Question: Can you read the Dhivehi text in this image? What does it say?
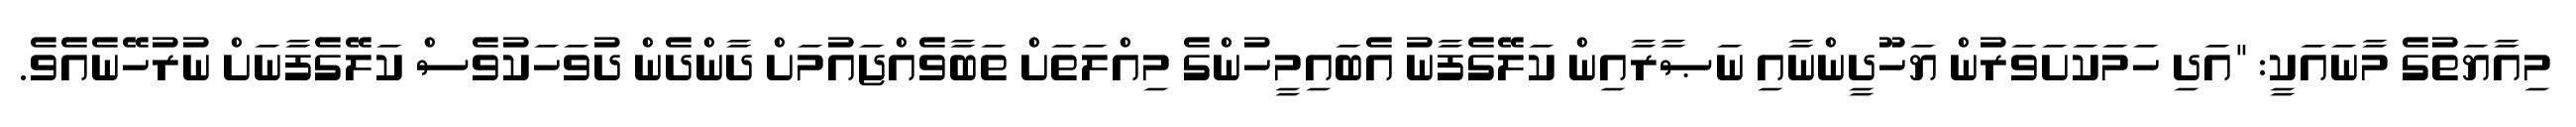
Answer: މިއާޔަތުގެ މާނައަކީ: "އަދި ހަމަކަށަވަރުން ޔަހޫދީންނާއި ނަޞާރާއިން ކަލޭގެފާނު އެބައިމީހުންގެ މިއްލަތަށް ތަބާވެއްޖައުމަށް ދާންދެން ދުވަހަކުވެސް ކަލޭގެފާނަށް ނުރުހޭނެއެވެ.